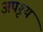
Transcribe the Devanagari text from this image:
अपृश्‍य